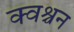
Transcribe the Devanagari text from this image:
क्वश्चन